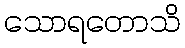
သောရတောသိ